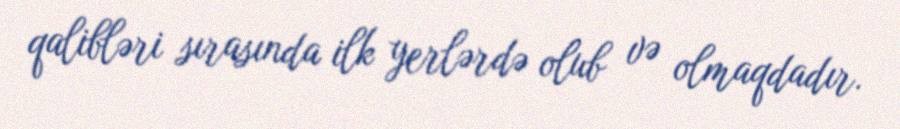
qalibləri sırasında ilk yerlərdə olub və olmaqdadır.